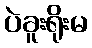
ပဲခူးရိုးမ